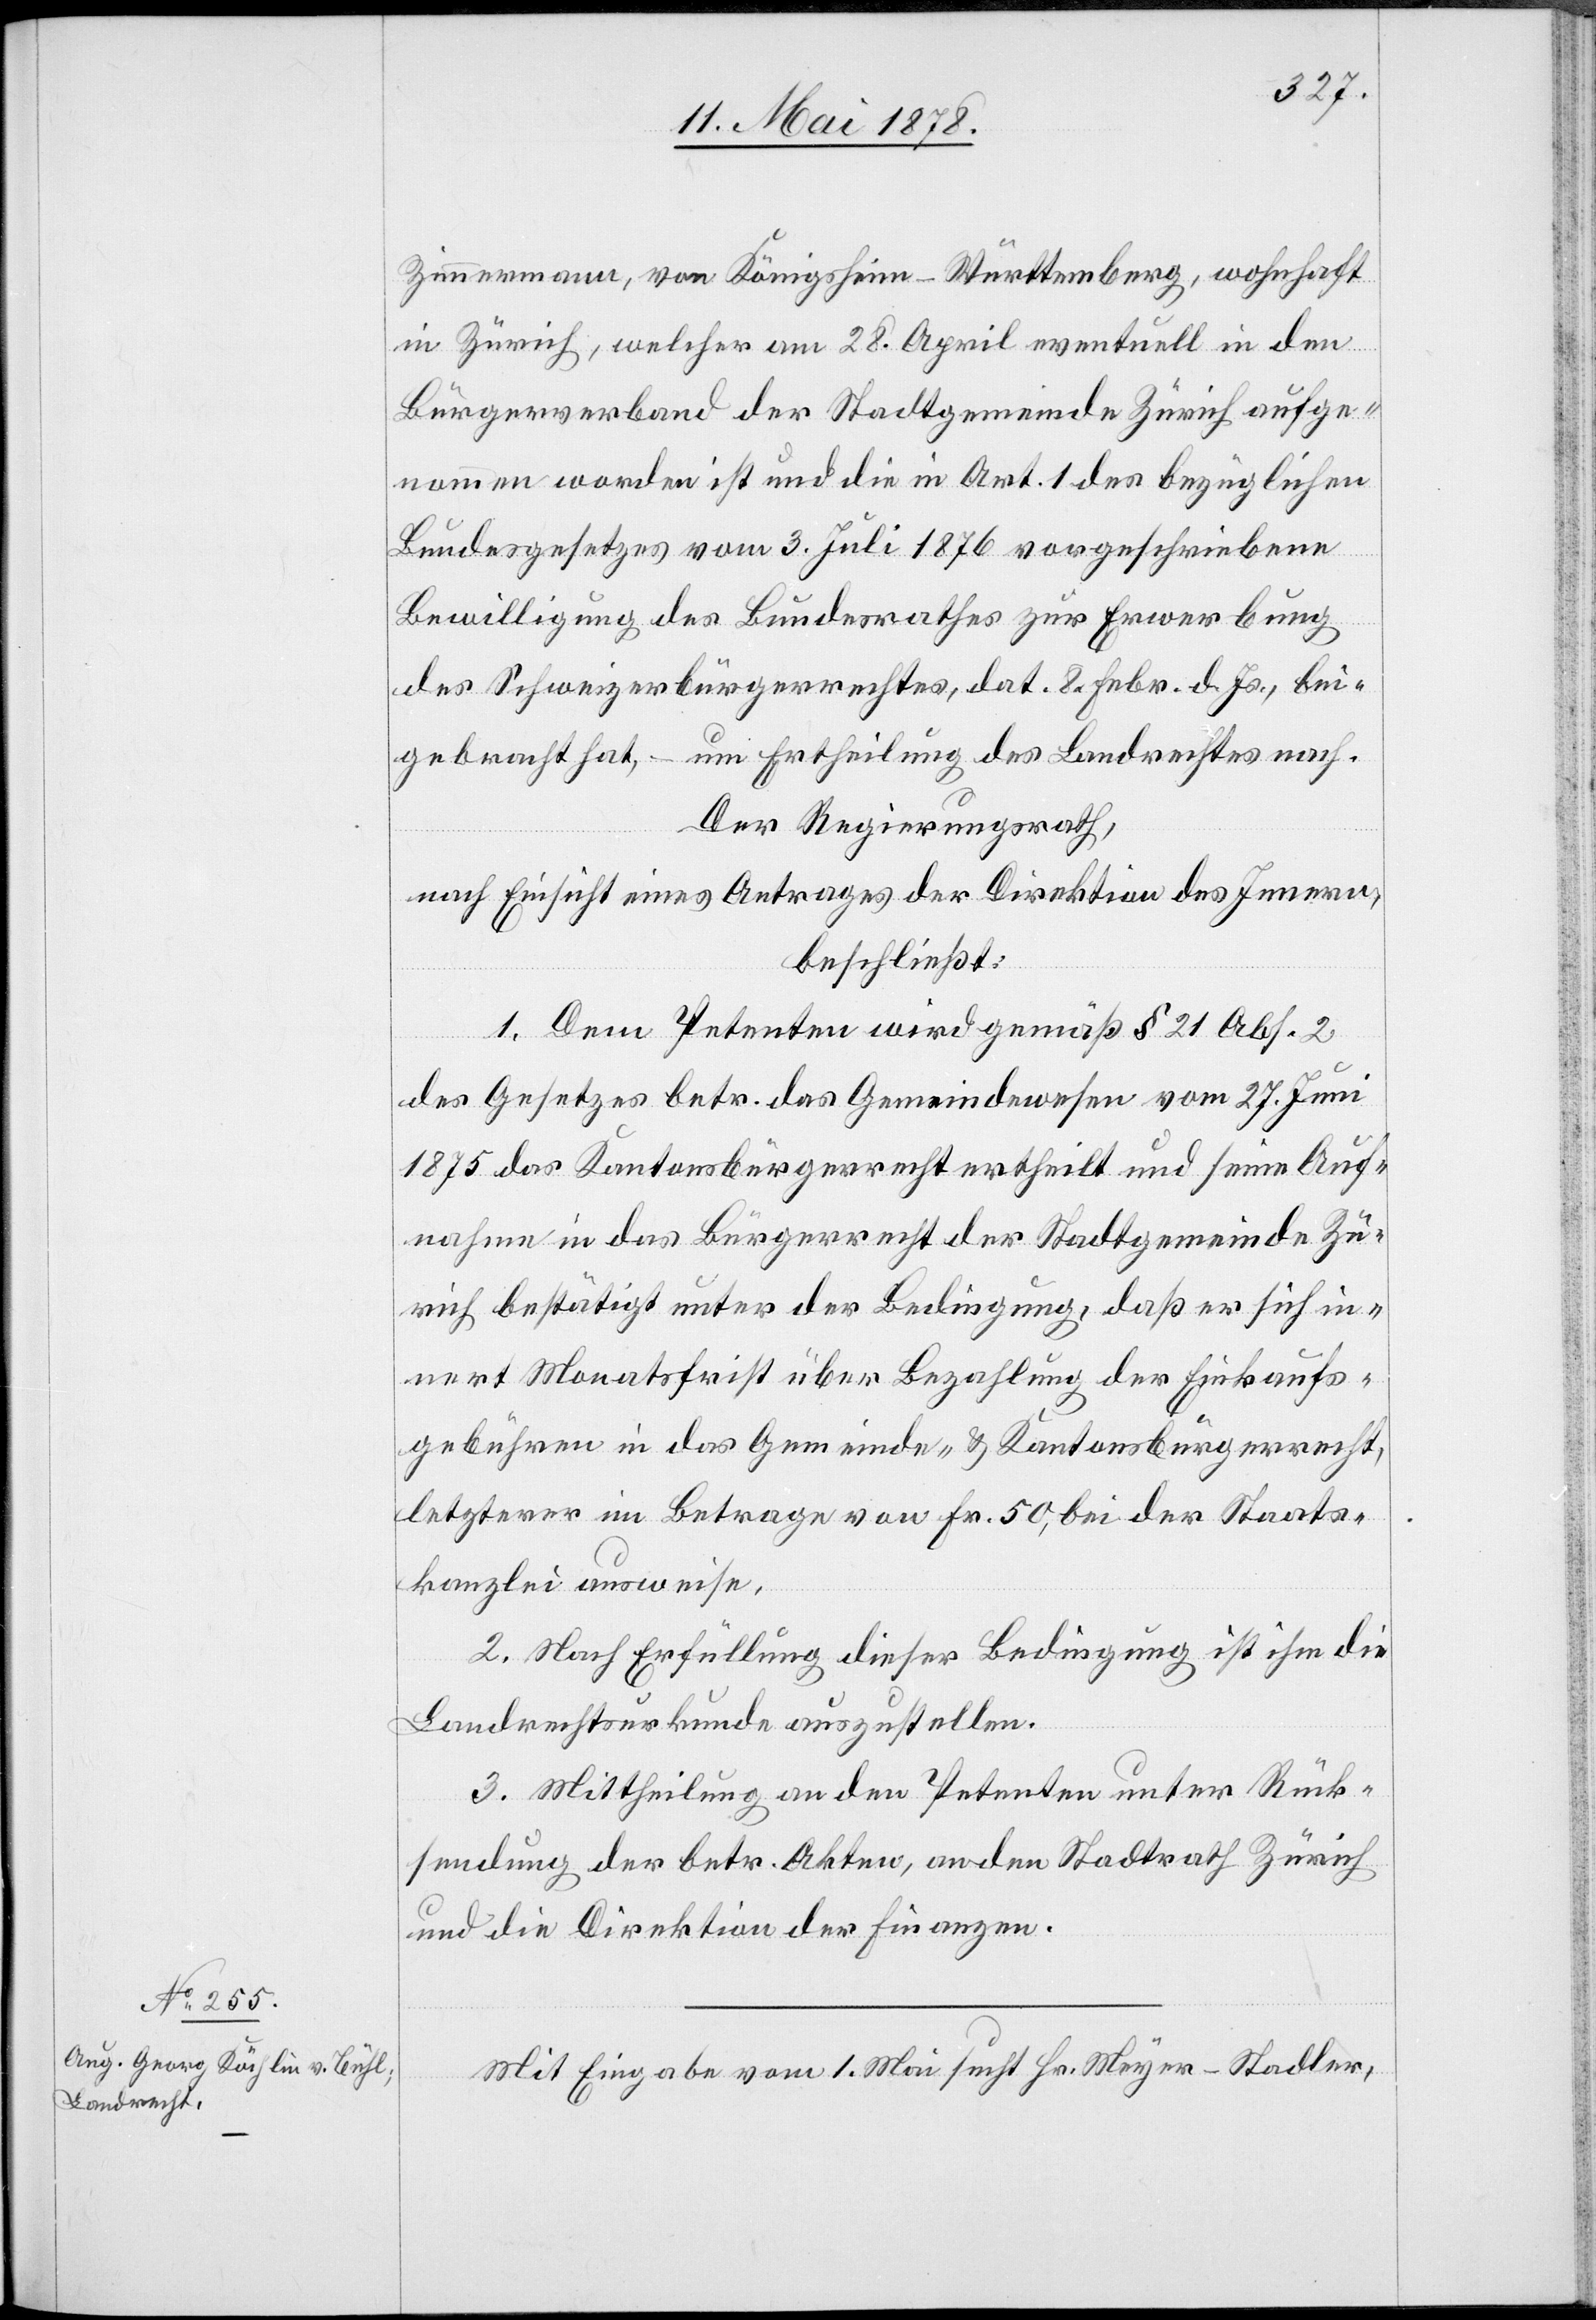
Zimmermann von Königsheim - Württemberg, wohnhaft
in Zürich, welcher am 28. April eventuell in den
Bürgerverband der Stadtgemeinde Zürich aufge¬
nommen worden ist und die in Art. 1 des bezüglichen
Bundesgesetzes vom 3. Juli 1876 vorgeschriebene
Bewilligung des Bundesrathes zur Erwerbung
des Schweizerbürgerrechtes, dat. 8. Feb. d. Js., bei¬
gebracht hat, – um Ertheilung des Landrechtes nach.
Der Regierungsrath,
nach Einsicht eines Antrages der Direktion des Innern,
beschließt:
1. Dem Petenten wird gemäß § 21 Abs. 2
des Gesetzes betreffend das Gemeindewesen vom 27. Juni
1875 das Kantonsbürgerrecht ertheilt und seine Auf¬
nahme in das Bürgerrecht der Stadtgemeinde Zü¬
rich bestätigt unter der Bedingung, daß er sich in¬
nert Monatsfrist über Bezahlung der Einkaufs¬
gebühren in das Gemeinde- und Kantonsbürgerrecht,
letzterer im Betrage von Fr. 50, bei der Staats¬
kanzlei ausweise.
2. Nach Erfüllung dieser Bedingung ist ihm die
Landrechtsurkunde auszustellen.
3. Mittheilung an den Petenten unter Rück¬
sendung der betreffenden Akten, an den Stadtrath Zürich
und die Direktion der Finanzen.
Mit Eingabe vom 2. Mai sucht Hr. Meyer-Stadler,